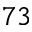
7 3